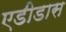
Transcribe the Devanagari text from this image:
एडीडास